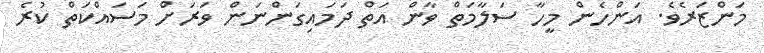
މަންޒަރެވެ. އަންހެން މީހާ ސަލާމަތް ވާން އަތް ދަމައިގަންނަން ވަރަށް މަސައްކަތް ކުރެ